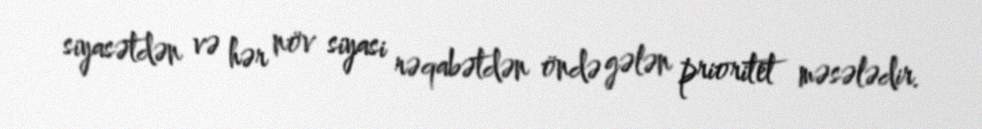
siyasətdən və hər növ siyasi rəqabətdən öndə gələn prioritet məsələdir.